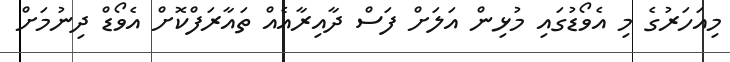
މިއަހަރުގެ މި އެވޯޑުގައި މުޅިން އަލަށް ފަސް ދާއިރާއެއް ތައާރަފްކޮށް އެވޯޑް ދިނުމަށް